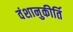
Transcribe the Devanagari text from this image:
वंशानुकीर्ति